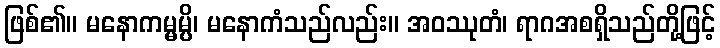
ဖြစ်၏။ မနောကမ္မမ္ပိ၊ မနောကံသည်လည်း။ အဝဿုတံ၊ ရာဂအစရှိသည်တို့ဖြင့်